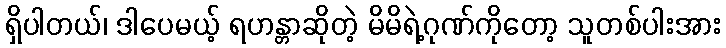
ရှိပါတယ်၊ ဒါပေမယ့် ရဟန္တာဆိုတဲ့ မိမိရဲ့ဂုဏ်ကိုတော့ သူတစ်ပါးအား